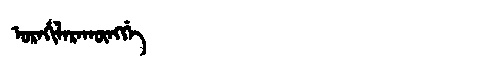
Manchu: ᡠᡵᠠᡥᡳᠯᠠᡵᠠᡴᡡᠩᡤᡝ
Romanization: URAHILARAKŪNGGE